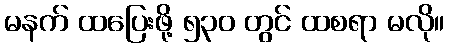
မနက် ထပြေးဖို့ ၅၃၀ တွင် ထစရာ မလို။